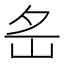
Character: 𡵪